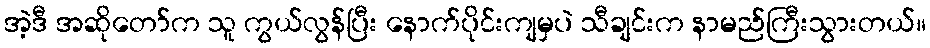
အဲ့ဒီ အဆိုတော်က သူ ကွယ်လွန်ပြီး နောက်ပိုင်းကျမှပဲ သီချင်းက နာမည်ကြီးသွားတယ်။